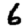
Digit: 6